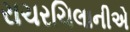
રાચરચિલાનીએ